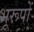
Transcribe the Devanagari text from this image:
भूरूपों